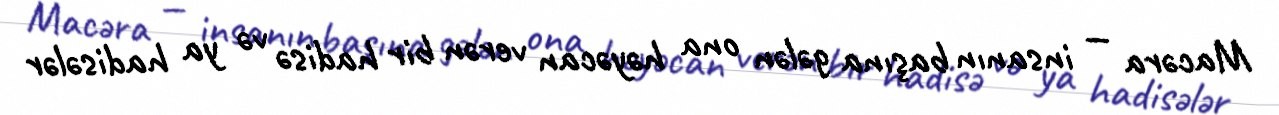
Macəra — insanın başına gələn ona həyəcan verən bir hadisə və ya hadisələr